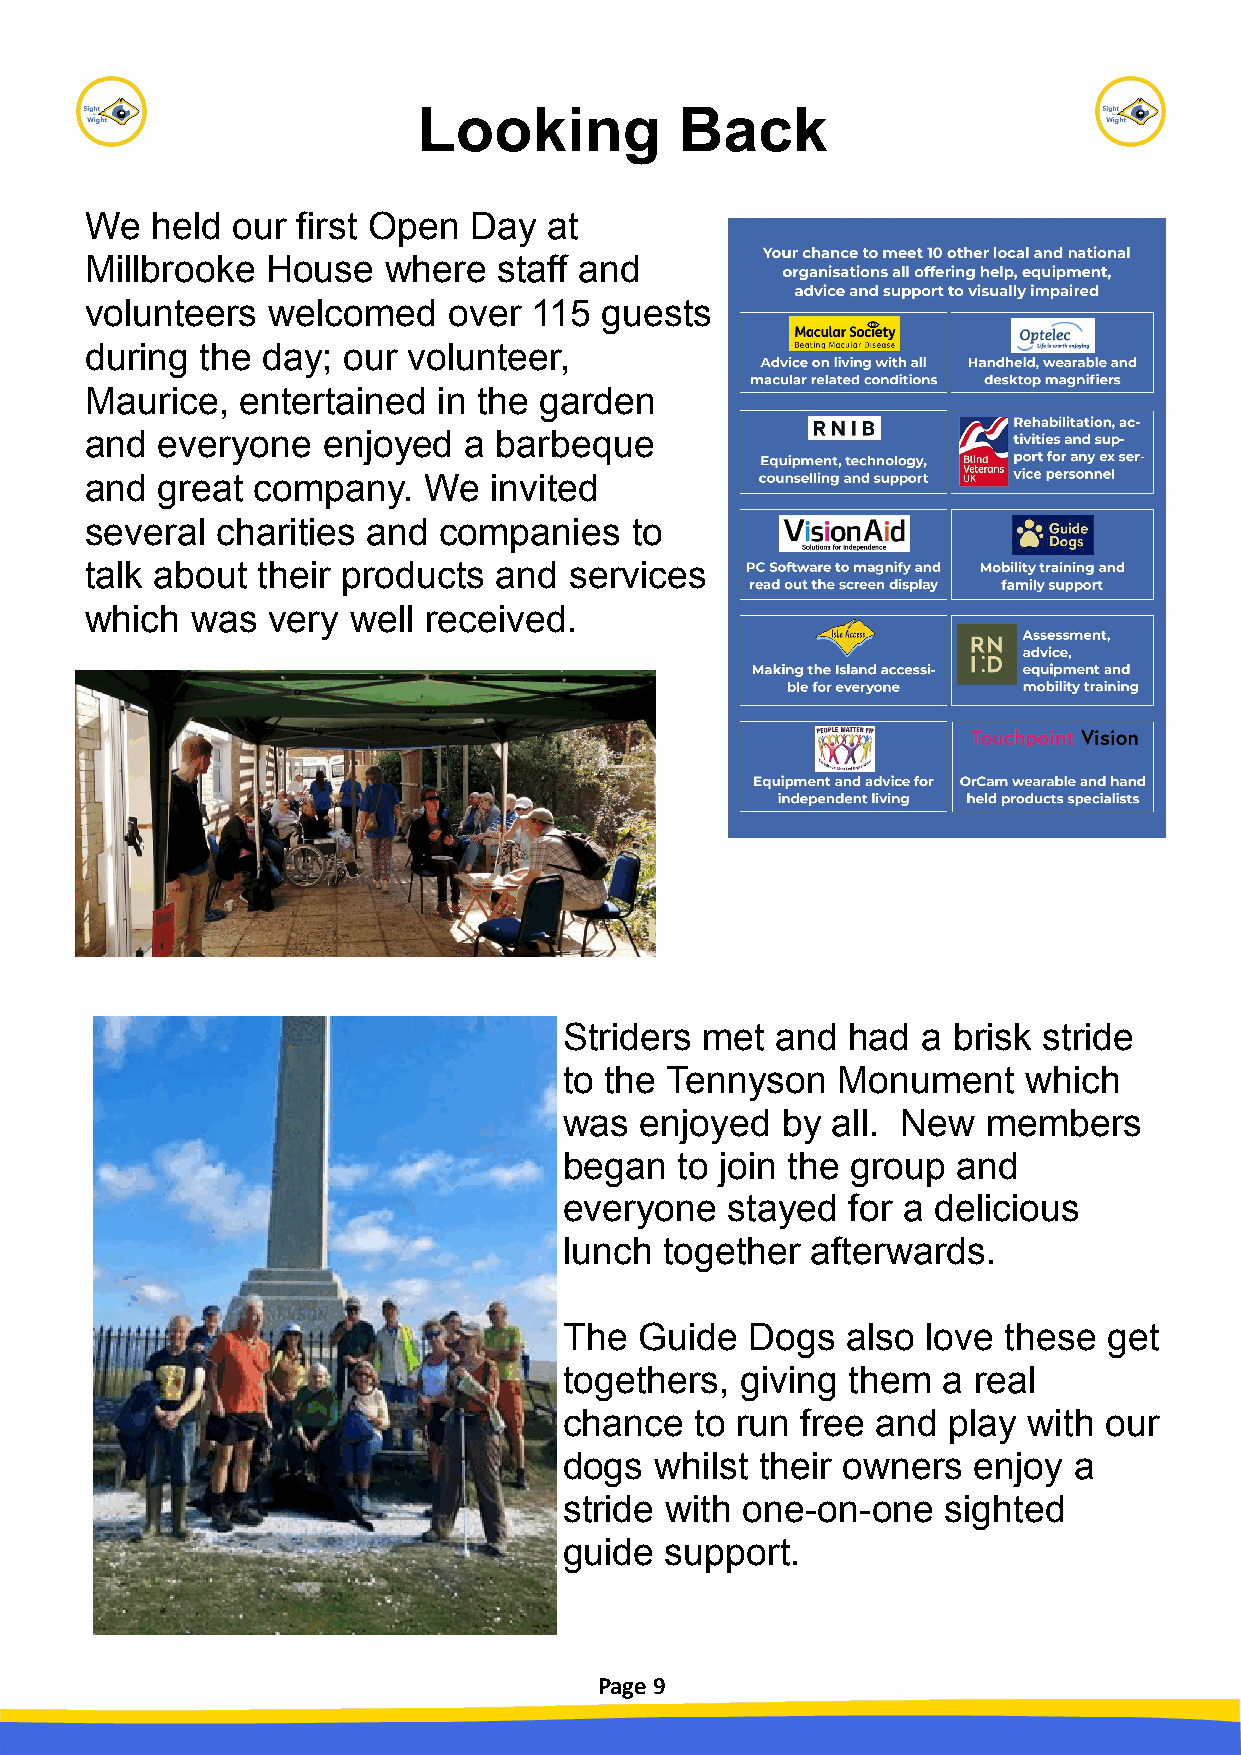
Looking          Back
 We  held our  first Open Day  at
 Millbrooke  House   where  staff and
 volunteers  welcomed    over 115  guests
 during the day;  our volunteer,
 Maurice,  entertained  in the garden
 and everyone   enjoyed   a barbeque
 and great  company.   We  invited
 several charities and  companies    to
 talk about their products  and  services
 which  was  very well received.
 Striders met  and  had  a brisk stride
 to the Tennyson   Monument     which
 was  enjoyed   by all. New  members
 began   to join the group and
 everyone   stayed  for a delicious
 lunch  together  afterwards.
 The  Guide   Dogs  also love these  get
 togethers,  giving them  a real
 chance   to run free and  play with our
 dogs  whilst their owners  enjoy  a
 stride with one-on-one   sighted
 guide  support.
 Page 9